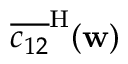
\overline { { c _ { 1 2 } } } ^ { \mathrm { H } } ( \mathbf { w } )